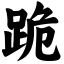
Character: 跪